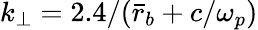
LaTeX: k_{\perp}=2.4/(\bar{r}_{b}+c/\omega_{p})